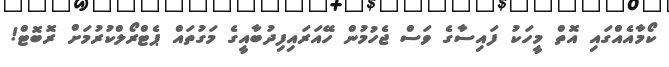
ކޯމާއެއްގައި އޮތް މީހަކު ފައިސާގެ ވަސް ޖެހުމުން ހޭއަރައިފިދުބާއީގެ މަގުތައް ޕެޓްރޯލްކުރުމަށް ރޮބޮޓް!